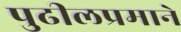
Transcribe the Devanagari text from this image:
पुढीलप्रमाने